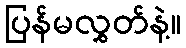
ပြန်မလွှတ်နဲ့။